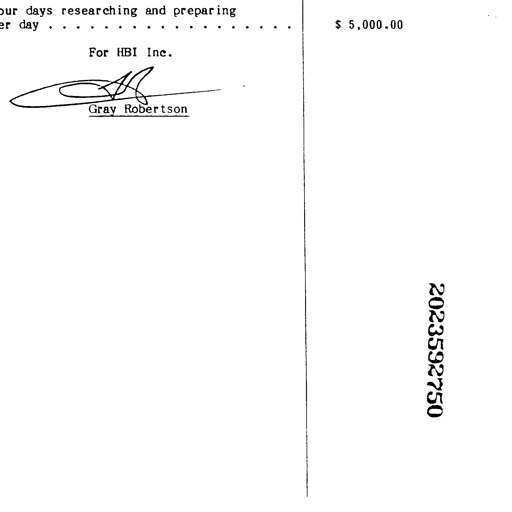
our days researching and preparing
er day . . . . . . . . . . . . . . . . . . . . . . . . . $ 5,000.00
For HBI Inc.
Gray Robertson
Gray Robertson
2023592750